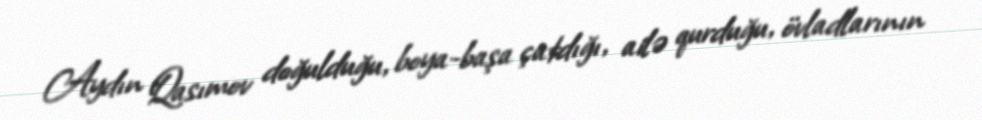
Aydın Qasımov doğulduğu, boya-başa çatdığı, ailə qurduğu, övladlarının